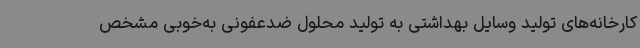
کارخانه‌های تولید وسایل بهداشتی به تولید محلول ضدعفونی به‌خوبی مشخص